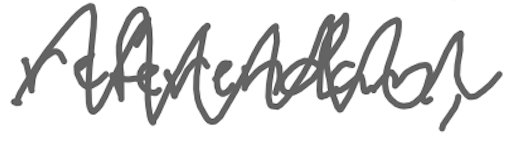
Text: referendum,
Cross-out: zig-zag
Writing tool: digital_gray